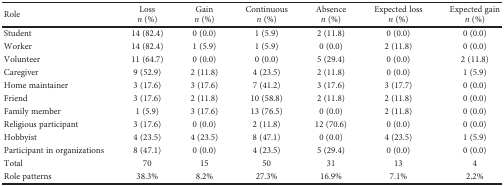
<table><thead><tr><td rowspan="2"><b>Role</b></td><td><b>Loss</b></td><td><b>Gain</b></td><td><b>Continuous</b></td><td><b>Absence</b></td><td><b>Expected loss</b></td><td><b>Expected gain</b></td></tr><tr><td><b><i>n</i> (%)</b></td><td><b><i>n</i> (%)</b></td><td><b><i>n</i> (%)</b></td><td><b><i>n</i> (%)</b></td><td><b><i>n</i> (%)</b></td><td><b><i>n</i> (%)</b></td></tr></thead><tbody><tr><td>Student</td><td>14 (82.4)</td><td>0 (0.0)</td><td>1 (5.9)</td><td>2 (11.8)</td><td>0 (0.0)</td><td>0 (0.0)</td></tr><tr><td>Worker</td><td>14 (82.4)</td><td>1 (5.9)</td><td>1 (5.9)</td><td>0 (0.0)</td><td>2 (11.8)</td><td>0 (0.0)</td></tr><tr><td>Volunteer</td><td>11 (64.7)</td><td>0 (0.0)</td><td>0 (0.0)</td><td>5 (29.4)</td><td>0 (0.0)</td><td>2 (11.8)</td></tr><tr><td>Caregiver</td><td>9 (52.9)</td><td>2 (11.8)</td><td>4 (23.5)</td><td>2 (11.8)</td><td>0 (0.0)</td><td>1 (5.9)</td></tr><tr><td>Home maintainer</td><td>3 (17.6)</td><td>3 (17.6)</td><td>7 (41.2)</td><td>3 (17.6)</td><td>3 (17.7)</td><td>0 (0.0)</td></tr><tr><td>Friend</td><td>3 (17.6)</td><td>2 (11.8)</td><td>10 (58.8)</td><td>2 (11.8)</td><td>2 (11.8)</td><td>0 (0.0)</td></tr><tr><td>Family member</td><td>1 (5.9)</td><td>3 (17.6)</td><td>13 (76.5)</td><td>0 (0.0)</td><td>2 (11.8)</td><td>0 (0.0)</td></tr><tr><td>Religious participant</td><td>3 (17.6)</td><td>0 (0.0)</td><td>2 (11.8)</td><td>12 (70.6)</td><td>0 (0.0)</td><td>0 (0.0)</td></tr><tr><td>Hobbyist</td><td>4 (23.5)</td><td>4 (23.5)</td><td>8 (47.1)</td><td>0 (0.0)</td><td>4 (23.5)</td><td>1 (5.9)</td></tr><tr><td>Participant in organizations</td><td>8 (47.1)</td><td>0 (0.0)</td><td>4 (23.5)</td><td>5 (29.4)</td><td>0 (0.0)</td><td>0 (0.0)</td></tr><tr><td>Total</td><td>70</td><td>15</td><td>50</td><td>31</td><td>13</td><td>4</td></tr><tr><td>Role patterns</td><td>38.3%</td><td>8.2%</td><td>27.3%</td><td>16.9%</td><td>7.1%</td><td>2.2%</td></tr></tbody></table>